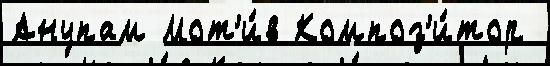
Анупам Мот'и́в Композ'и́тор